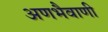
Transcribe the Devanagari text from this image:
अणभैवाणी